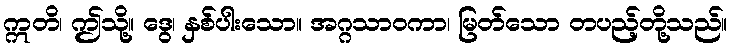
ဣတိ၊ ဤသို့။ ဒွေ၊ နှစ်ပါးသော။ အဂ္ဂသာဝကာ၊ မြတ်သော တပည့်တို့သည်။